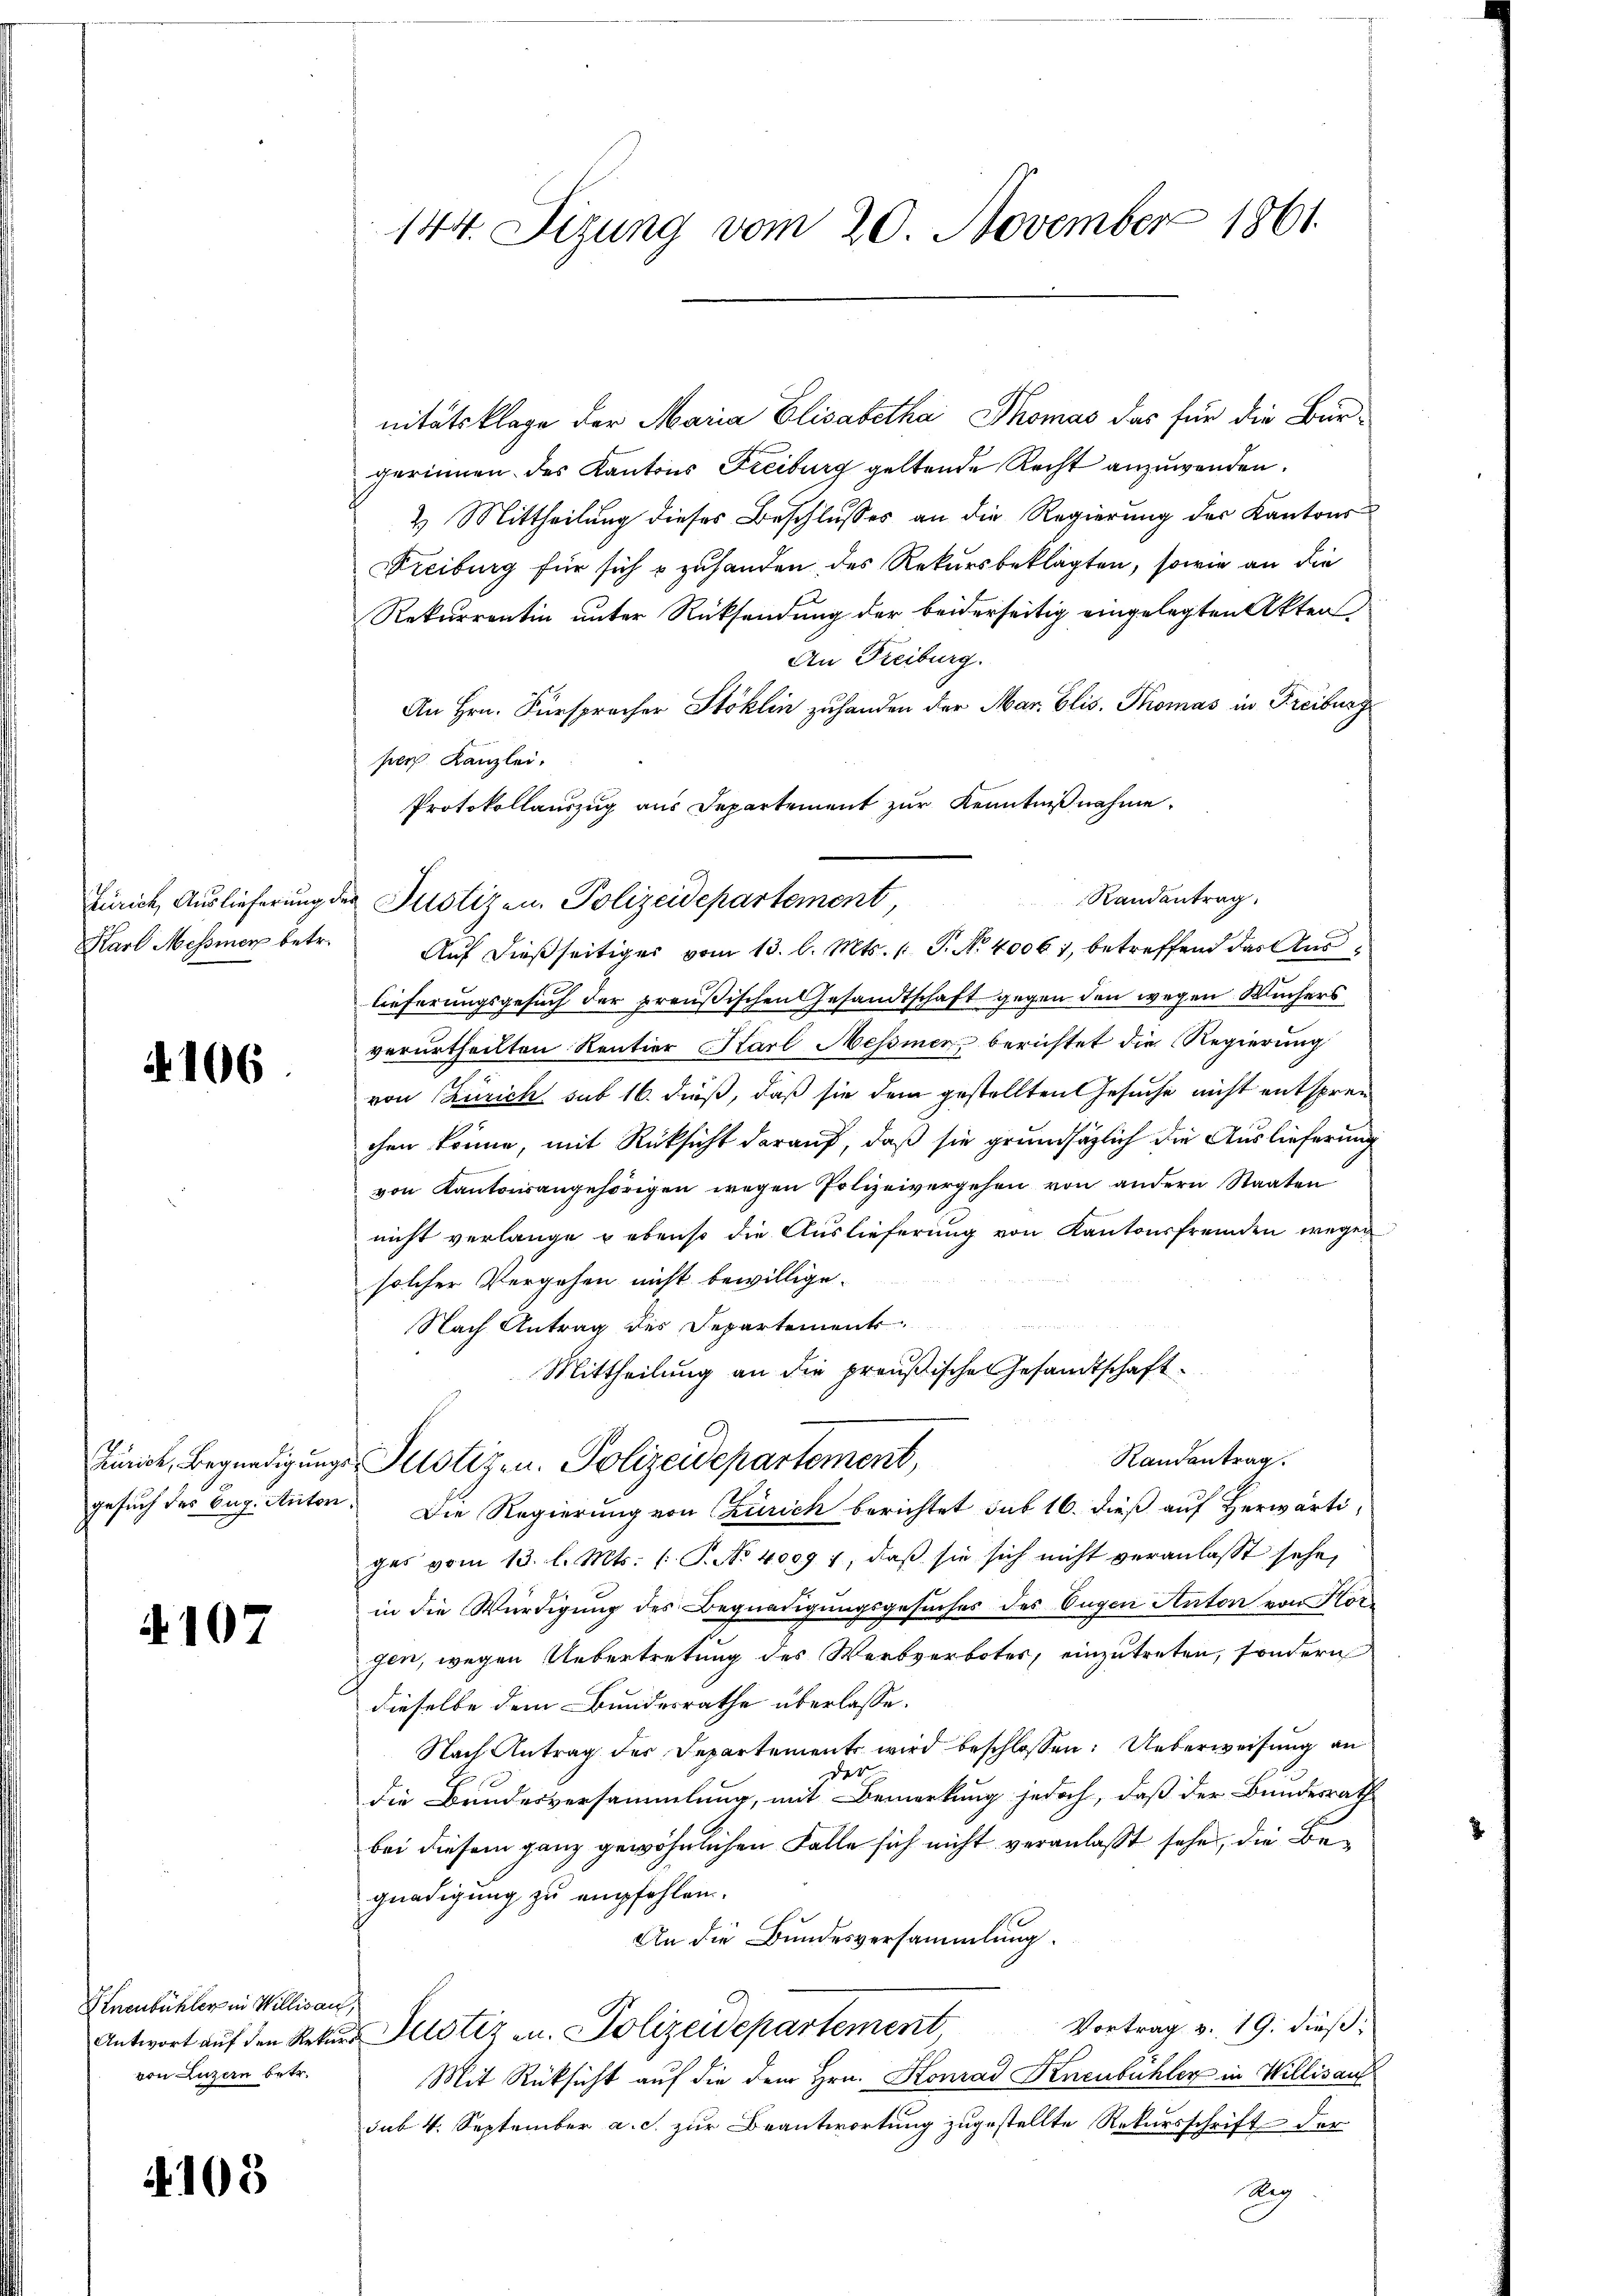
Zürich, Auslieferung d
Karl Messinen betr.

106

Punck, Begnadigung.

107

Einenbühler in Willisau
von Luzern betr.

. 103

144. Sizung vom 20. November 1861.

nitätsklage der Maria Elisabetha Thomas das für die Bur-
gerinnen des Kantons Freiburg geltende Recht anzuwenden.
2) Mittheilung dieses Beschlusses an die Regierung des Kantons¬
Freiburg für sich & zuhanden des Rekursbeklagten, sowie an die
Rekurrentin unter Rücksendung der beiderseitig eingelegten Akten
An Freiburg.
An Hrn. Fürspracher Stoklin zuhanden der Mar. Elis. Thomas in Freiburg
per Kanzlei.
Protokollauszug aus Departement zŭr Kenntniβnahme.
lieferungsgesuch der preußischen Gesandtschaft gegen den wegen Küchers
verurtheilten Rentier Karl Messier berichtet die Regierung
von Zürich sub 16. dieß, daß sie dem gestellten Gesuche nicht entsprechen könne, mit Rücksicht darauf, daß sie grundsätzlich die Auslieferung
von Kantonsangehörigen wegen Polizeivergehen von andern Staaten
nicht verlange gebenso die Auslieferung von Kantonsfremden wegen
solcher Vergehen nicht bewillige.
Nach Antrag des Departement
Mittheilung an die preußische Gesandtschaft
Randantrag.
Justigen. Polizeidepartement,
gesuch des Bug. Anton. Die Regierung von Zürich berichtet sub 16. dieß auf Herwärtiges vom 13. l. Mts. (T. No 4009 7, daβ sie sich nicht veranlasst sehe,
in die Würdigung des Begnadigungsgesuches des Eugen Naton von Horgen, wegen Uebertretung des Werbverbotes, einzutreten, sondern
dieselbe dem Bundesrathe überlasse.
Nach Antrag der Departement wird beschlossen: Ueberweisung an
der
die Bundesversammlung, mit Bemerkung jedoch, daß der Bundesrath
bei diesem ganz gewöhnlichen Falle sich nicht veranlaßt sehe, die Begnadigung zu empfehlen.
An die Bundesversammlung.
Vortrag v. 19. dieß:
Antwort auf den Rekurs Pilotiz u. Polizeidepartement
Mit Rücksicht auf die dem Hrn. Honrad Knenbühler in Willisauf
sub. 4. September a. c. zur Beantwortung zugestellte Rekursschrift der
Aig

Randantrag.
der Justizen. Polizeidepartement,
Auf dießseitiges vom 13. l. Mts. 1 P. Nr. 40061, betreffend das Aus¬